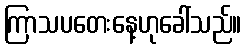
ကြာသပတေးနေ့ဟုခေါ်သည်။